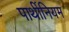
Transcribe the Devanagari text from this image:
पार्थीनियम